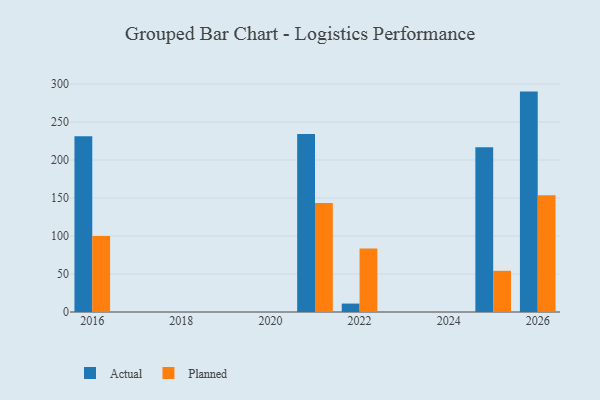
{"axis": {"x": "Year", "y": "Backlog"}, "legend": ["Actual", "Planned"], "data": [{"x": "2026", "y": 290.1, "type": "Actual"}, {"x": "2026", "y": 153.8, "type": "Planned"}, {"x": "2016", "y": 231.4, "type": "Actual"}, {"x": "2016", "y": 100.1, "type": "Planned"}, {"x": "2022", "y": 11.1, "type": "Actual"}, {"x": "2022", "y": 83.5, "type": "Planned"}, {"x": "2021", "y": 234.2, "type": "Actual"}, {"x": "2021", "y": 143.4, "type": "Planned"}, {"x": "2025", "y": 216.8, "type": "Actual"}, {"x": "2025", "y": 54.2, "type": "Planned"}]}